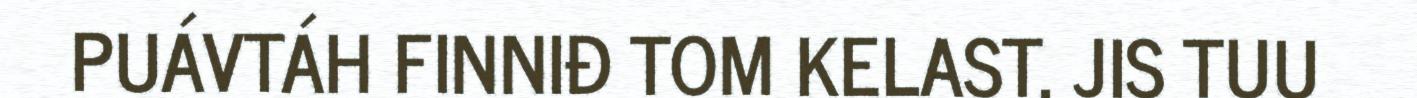
PUÁVTÁH FINNIĐ TOM KELAST, JIS TUU